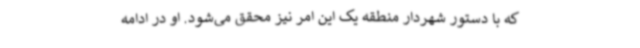
که با دستور شهردار منطقه یک این امر نیز محقق می‌شود. او در ادامه